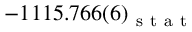
- 1 1 1 5 . 7 6 6 ( 6 ) _ { \mathrm { ~ s ~ t ~ a ~ t ~ } }